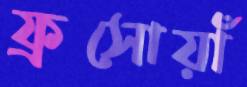
ফ্রসোয়াঁ